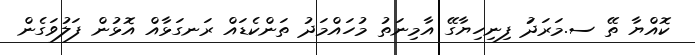
ކޮއްޔާ ތޭ ސ.މަރަދަުަު ފިނިހިޔާގޭ އާމިނަތު މުހައްމަދު ތަންކެޑައް ރަނގަޅާއް އޮޅުން ފަލުވަގެން